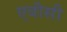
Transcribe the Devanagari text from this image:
एवीसी